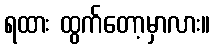
ရထား ထွက်တော့မှာလား။